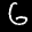
Digit: 6